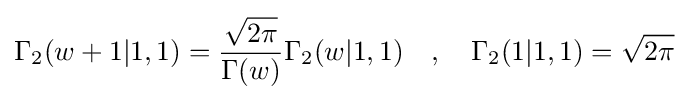
\Gamma _{2}(w+1|1,1)={\frac {\sqrt {2\pi }}{\Gamma (w)}}\Gamma _{2}(w|1,1)\quad ,\quad \Gamma _{2}(1|1,1)={\sqrt {2\pi }}\